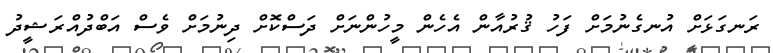
ރަނގަޅަށް އުނގެނުމަށް ފަހު ޤުރުއާން އެހެން މީހުންނަށް ދަސްކޮށް ދިނުމަށް ވެސް އަބްދުއްރަޝީދު